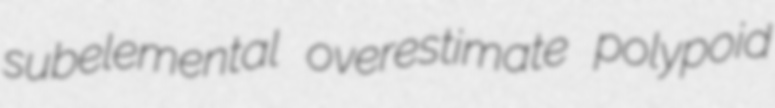
subelemental overestimate polypoid